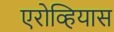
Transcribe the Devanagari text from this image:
एरोव्हियास